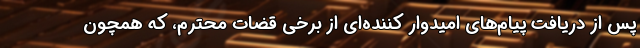
پس از دریافت پیام‌های امیدوار کننده‌ای از برخی قضات محترم، که همچون